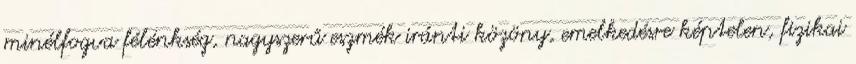
minélfogva félénkség, nagyszerű eszmék iránti közöny, emelkedésre képtelen, fizikai